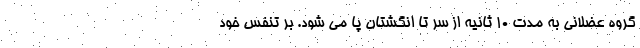
گروه عضلانی به مدت 10 ثانیه از سر تا انگشتان پا می شود. بر تنفس خود